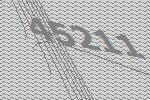
45211